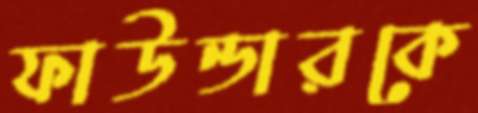
ফাউন্ডারকে